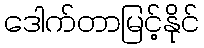
ဒေါက်တာမြင့်နိုင်